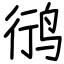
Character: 鸻